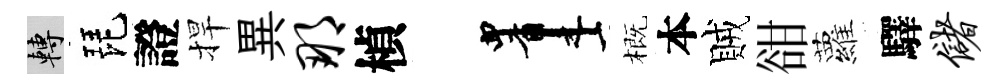
轉琵證捍異那楨画概本賊𧮳蘿驛储